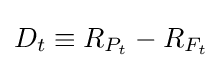
D_{t}\equiv R_{P_{t}}-R_{F_{t}}